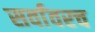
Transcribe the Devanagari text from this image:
सर्वांवरच